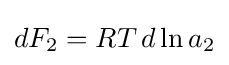
dF_{2}=RT\,d\ln a_{2}